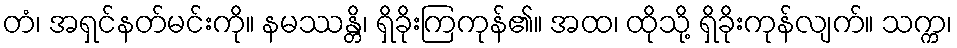
တံ၊ အရှင်နတ်မင်းကို။ နမဿန္တိ၊ ရှိခိုးကြကုန်၏။ အထ၊ ထိုသို့ ရှိခိုးကုန်လျက်။ သက္က၊